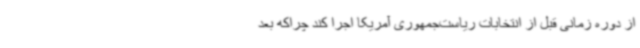
از دوره زمانی قبل از انتخابات ریاست‌جمهوری آمریکا اجرا کند چراکه بعد